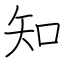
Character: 知